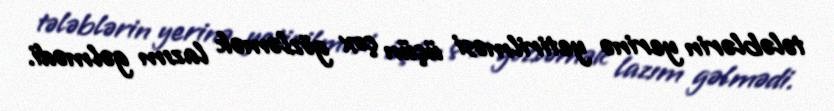
tələblərin yerinə yetirilməsi üçün çox gözləmək lazım gəlmədi.